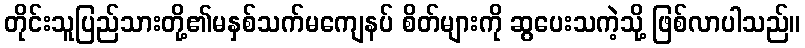
တိုင်းသူပြည်သားတို့၏မနှစ်သက်မကျေနပ် စိတ်များကို ဆွပေးသကဲ့သို့ ဖြစ်လာပါသည်။